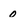
Character: 0